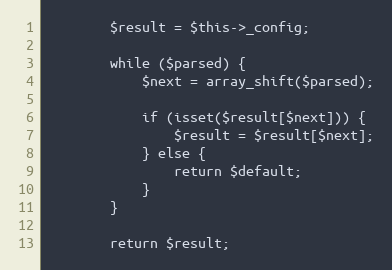
Language: PHP
        $result = $this->_config;

        while ($parsed) {
            $next = array_shift($parsed);

            if (isset($result[$next])) {
                $result = $result[$next];
            } else {
                return $default;
            }
        }

        return $result;